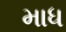
માધ